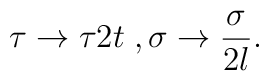
\tau \rightarrow \tau 2t \; , \sigma \rightarrow\frac{\sigma}{2l} .